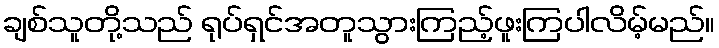
ချစ်သူတို့သည် ရုပ်ရှင်အတူသွားကြည့်ဖူးကြပါလိမ့်မည်။